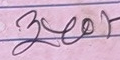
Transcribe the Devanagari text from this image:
३००₹